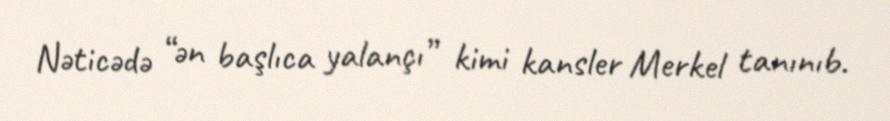
Nəticədə “ən başlıca yalançı” kimi kansler Merkel tanınıb.